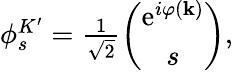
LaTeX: \begin{array}{r}{\phi_{s}^{K^{\prime}}=\frac{1}{\sqrt{2}}\left(\begin{array}{c}{\mathrm{e}^{i\varphi(\mathbf{k})}}\\ {s}\end{array}\right),}\end{array}